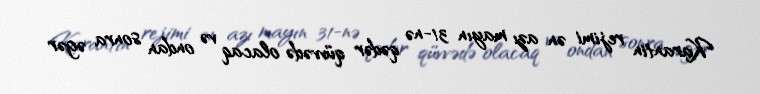
Karantin rejimi ən azı mayın 31-nə qədər qüvvədə olacaq və ondan sonra əgər